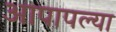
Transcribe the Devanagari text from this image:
आपापल्‍या